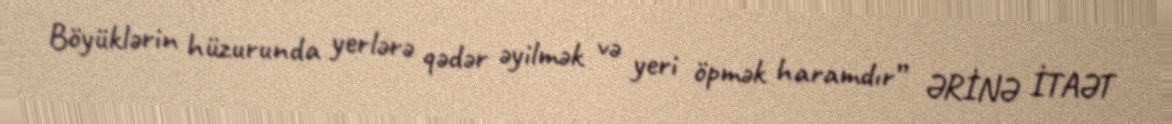
Böyüklərin hüzurunda yerlərə qədər əyilmək və yeri öpmək haramdır” ƏRİNƏ İTAƏT